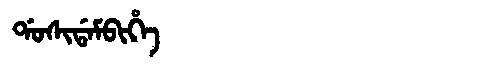
Manchu: ᡩᠣᠰᡳᡩᠠᠮᠪᡳᡥᡝ
Romanization: DOSIDAMBIHE